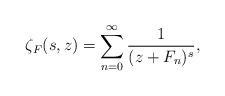
LaTeX: \begin{align*}\zeta _{F}(s,z)=\sum_{n=0}^{\infty }\frac{1}{(z+F_{n})^{s}},\end{align*}